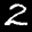
Label: 2